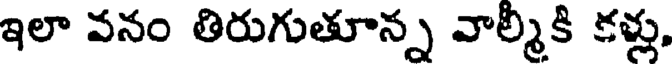
ఇలా వనం తిరుగుతూన్న వాల్మీకి కళ్లు,